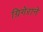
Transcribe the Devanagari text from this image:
ग्रिगेराने